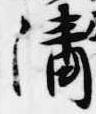
清